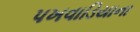
પખવાડિયાના